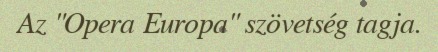
Az "Opera Europa" szövetség tagja.